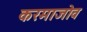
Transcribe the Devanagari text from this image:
करमाजोव